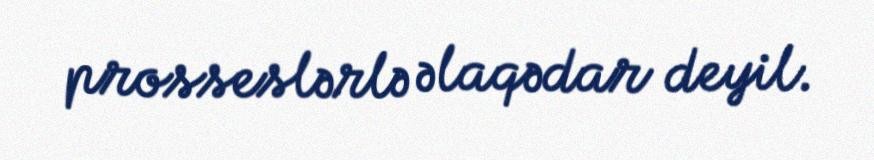
prosseslərlə əlaqədar deyil.